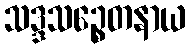
သဒ္ဒသဉ္စေတနာယ